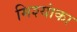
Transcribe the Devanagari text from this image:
मिश्यांका